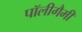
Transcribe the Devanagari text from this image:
पॉलीगैमी